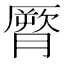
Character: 𦠒